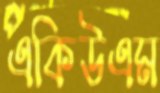
একিউএম